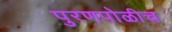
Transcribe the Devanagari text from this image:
पुरणपोळीच